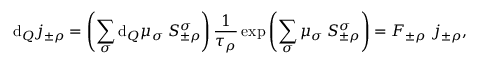
\mathrm { d } _ { Q } j _ { \pm \rho } ^ { \mathrm { ~ \, ~ } } = \left( \sum _ { \sigma } \mathrm { d } _ { Q } \mu _ { \sigma } ^ { \mathrm { ~ \, ~ } } \, S _ { \pm \rho } ^ { \sigma } \right) \frac { 1 } { \tau _ { \rho } } \exp \left( \sum _ { \sigma } \mu _ { \sigma } ^ { \mathrm { ~ \, ~ } } \, S _ { \pm \rho } ^ { \sigma } \right) = F _ { \pm \rho } ~ j _ { \pm \rho } ^ { \mathrm { ~ \, ~ } } ,